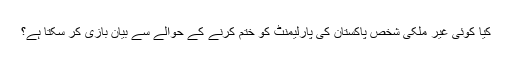
کیا کوئی غیر ملکی شخص پاکستان کی پارلیمنٹ کو ختم کرنے کے حوالے سے بیان بازی کر سکتا ہے؟